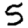
Digit: 5